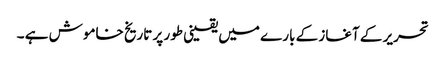
تحریر کے آغاز کے بارے میں یقینی طور پر تاریخ خاموش ہے ۔